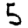
Digit: 5